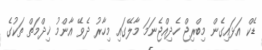
ޑެކް އަޅައިގެން މިބްރިޖް ހެދިއްޖެނަމަ މާލޭގައި މިހާރު ދެވޭ އާންމު ޚިދްމަތް ތަކުގެ